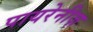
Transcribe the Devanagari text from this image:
पायरेनीज़